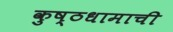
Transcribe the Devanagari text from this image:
कुष्ठधामाची